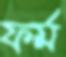
ফর্ম